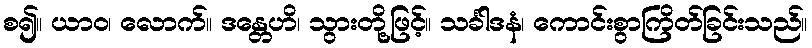
စ၍။ ယာဝ၊ လောက်။ ဒန္တေဟိ၊ သွားတို့ဖြင့်။ သင်္ခါဒနံ၊ ကောင်းစွာကြိတ်ခြင်းသည်။